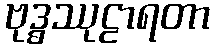
ဗုဒ္ဓဿုဠာရတာ